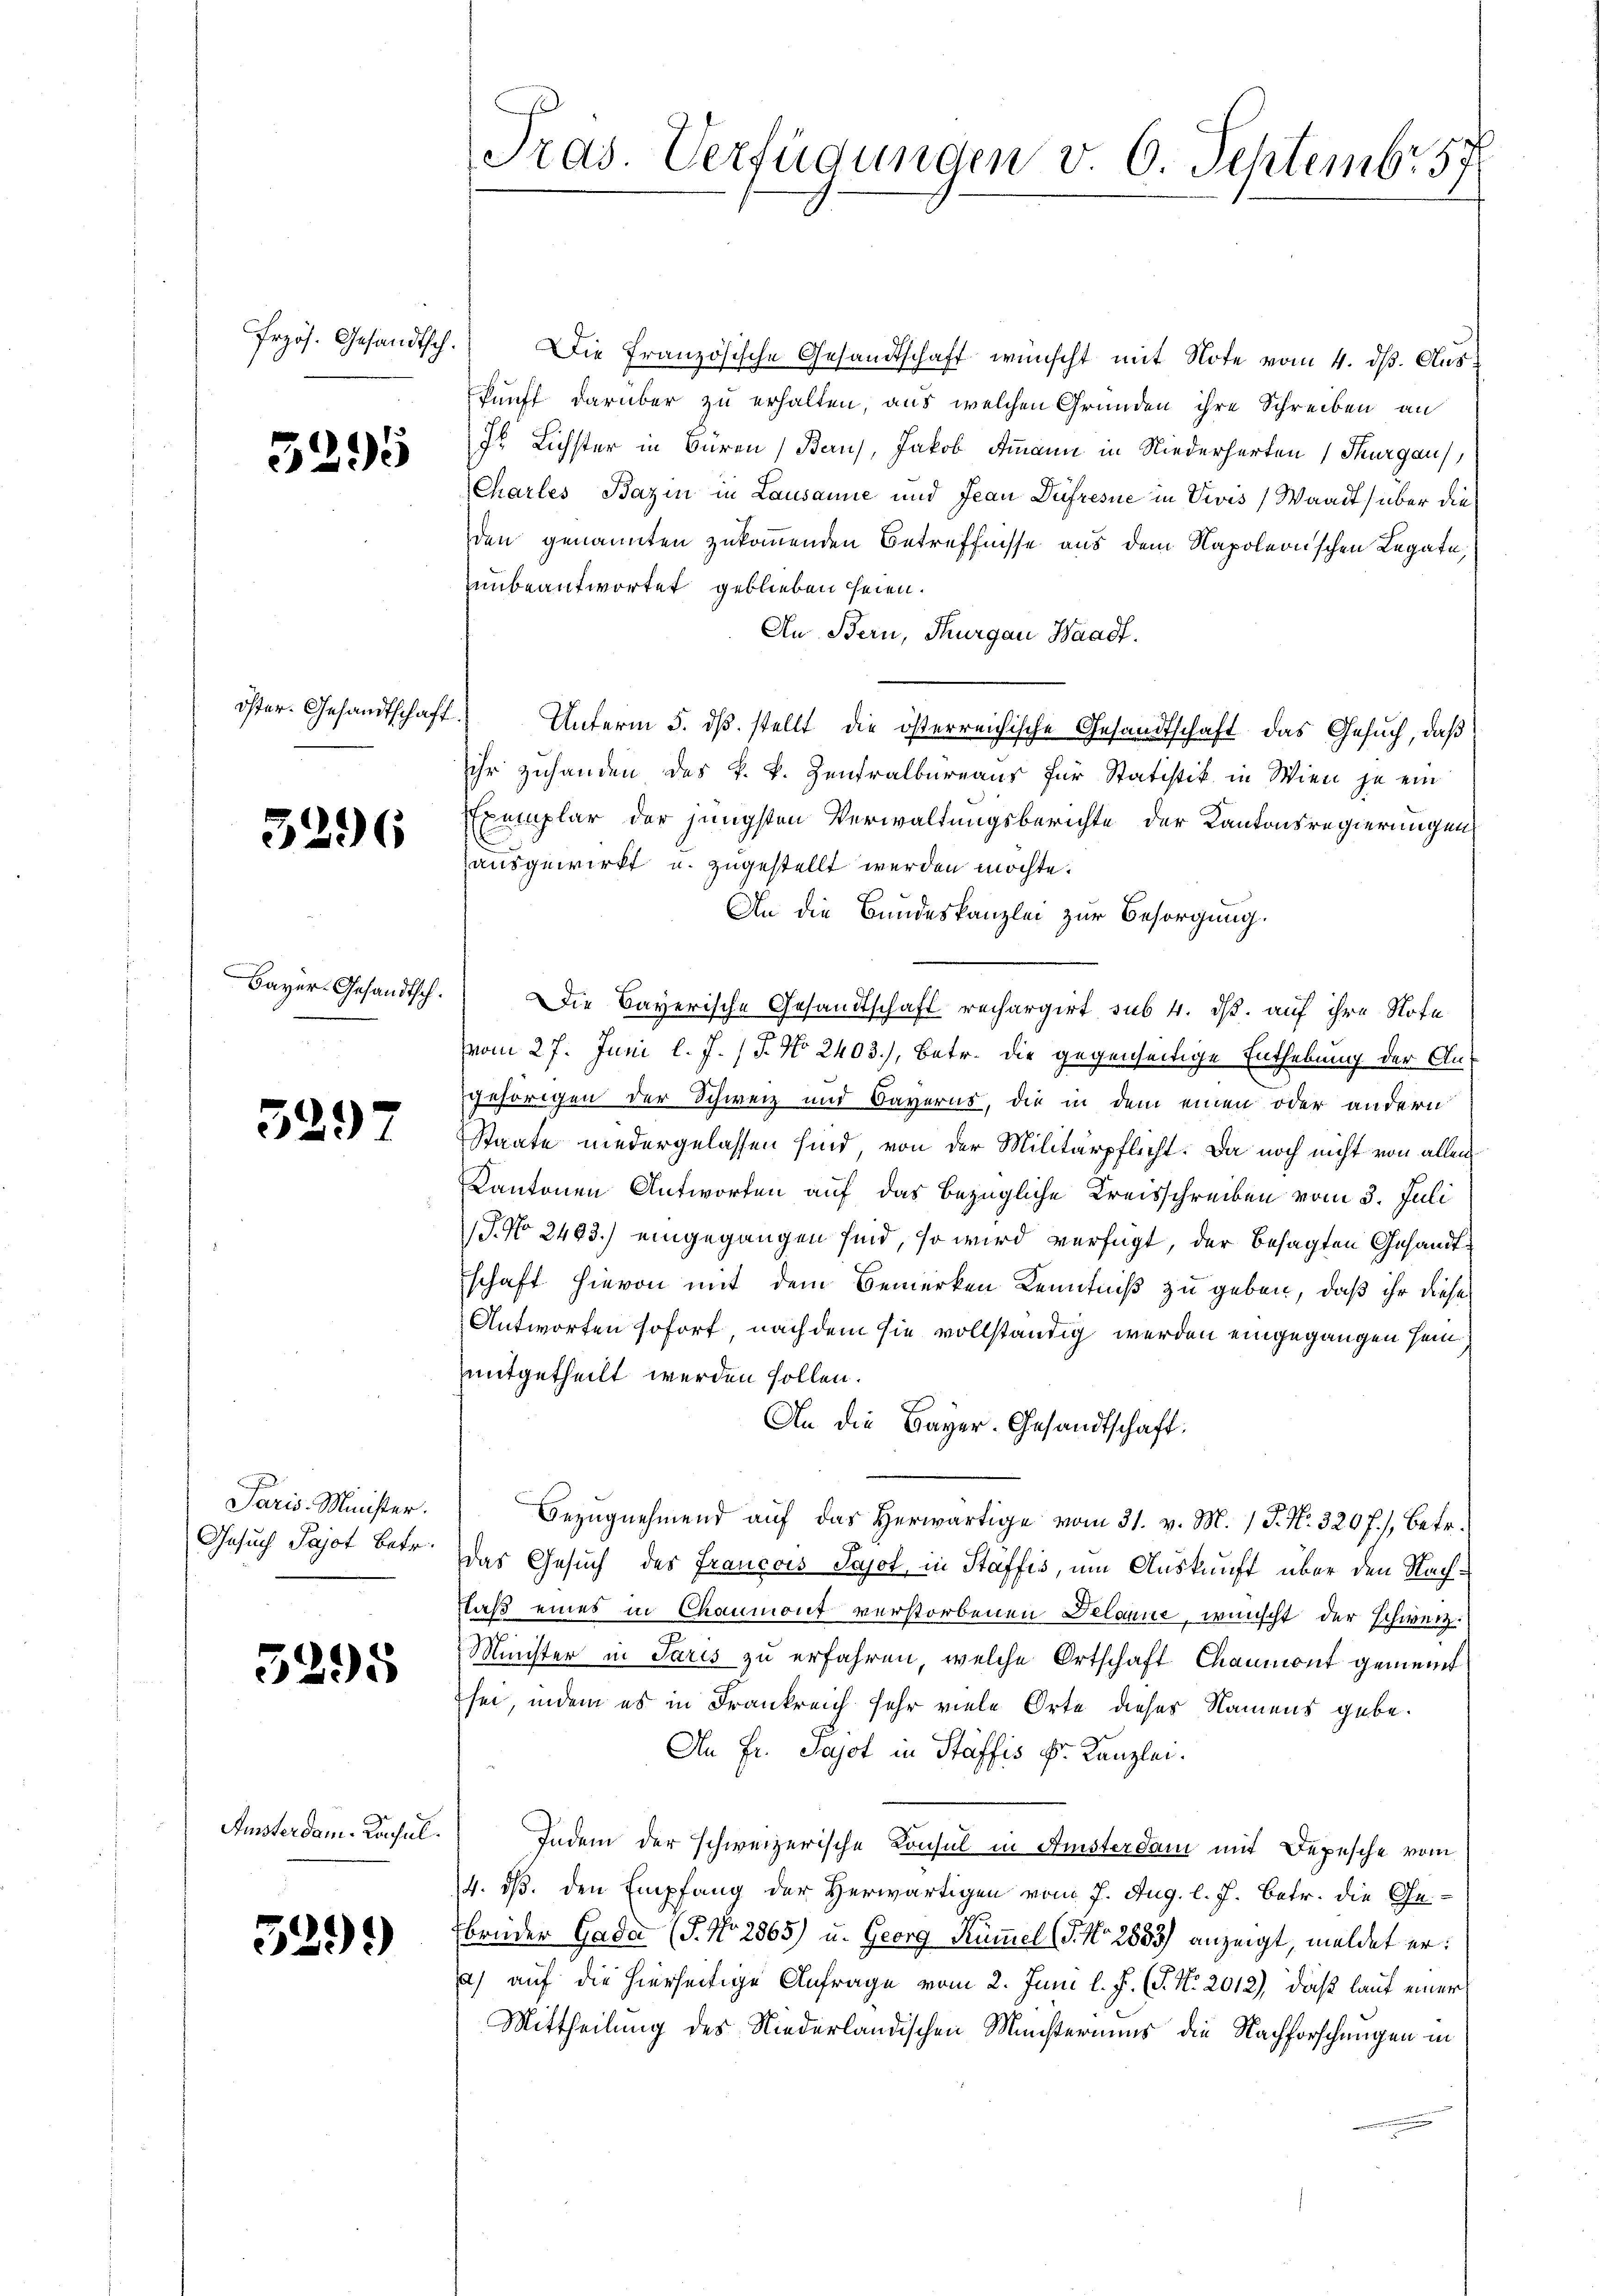
Frzös. Gesandtsch.

3295

öster. Gesandtschaft.

3296

Bayer-Gesandtsch

3297

Paris. Minister.
Gesuch Pajot betr.

3295

Amsterdam. Konsul

529)

Tras Verfügungen v. 6. Septembr 57

Die Französische Gesandtschaft wünscht mit Note vom 4. dß. Aus
kunft darüber zu erhalten, aus welchen Gründen ihre Schreiben an
Js Lichster in Büren, Bern, Jakob Ammann in Niederharten Thurgau
Chartes Bazin in Lausanne und Jean Düfresne in Vivis (Waadt über die
den genannten zukommenden Betreffnisse aus dem Napoleonischen Legate,
unbeantwortet geblieben seien.
An Bern, Thurgau Waadt.
Unterm 5. ds. stellt die österreichische Gesandtschaft das Gesuch, daß
ihr zuhanden des k. k. Zentralbureaus für Statistik in Wien je ein
Exemplar der jüngsten Verwaltungsberichte der Kantonsregierungen
ausgewirkt u. zugestellt werden möchte.
An die Bundeskanzlei zur Besorgung.
Die Bayerische Gesandtschaft rechargirt sub 4. dß. auf ihre Sofe
vom 27. Juni l. J. J. No 2403), betr. die gegenseitige Enthebung der An-
gehörigen der Schweiz und Caverns, die in dem einen oder andern
Staate niedergelassen sind von der Militärpflicht. Da noch nicht von allen
Kantonen Antworten auf das bezügliche Kreisschreiben vom 3. Juli
 No 2493.) eingegangen sind, so wird verfügt, der besagten Gesandtschaft hievon mit dem Bemerken Kenntniß zu geben, daß ihr diese
Antworten sofort, nachdem sie vollständig werden eingegangen sein.
mitgetheilt werden sollen.
An die Bayer-Gesandtschaft.
Bezŭgnehmend aŭf das herwärtige vom 31. v. M. J. N. 320 f.), betr.
das Gesuch des Francois Sajot, in Staffis, um Auskunft über den Nachlaß eines in Chaumont verstorbenen Delaxue, wünscht der schweiz.
Minister in Paris zu erfahren, welche Ortschaft Chaumont gemeint
sei, indem es in Frankreich sehr viele Orte dieser Namens gebe.
An Fr. Sajot in Stäffis Fr. Kanzlei.
Indem der schweizerische Konsul in Amsterdam mit Depesche vom
4. ds. den Empfang der Herwärtigen vom 7. Aug. l. J. betr. die Ge-
brüder Gada (T. No. 2865) u. Georg Kümmel (T. No. 2833) anzeigt, meldet er:
2) auf die hierseitige Anfrage vom 2. Juni l. J. (T. No. 2012), daß lauf einer
Mittheilung des Niederländischen Ministeriums die Nachforschungen in